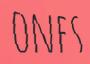
ONES